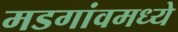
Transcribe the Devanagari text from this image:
मडगांवमध्ये